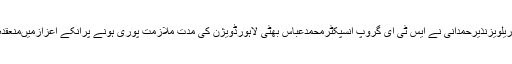
ان خیالات کااظہارڈی سی اوپاکستان ریلویزنذیرحمدانی نے ایس ٹی ای گروپ انسپکٹرمحمدعباس بھٹی لاہورڈویژن کی مدت ملازمت پوری ہونے پرانکے اعزازمیںمنعقدہ تقریب سے خطاب کرتے ہوئے کیا۔